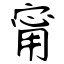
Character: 甯